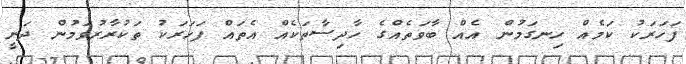
ފަހަރަކު ކަމެއް ހިނގަމުން އެއް ބާވަތެއްގެ ހާދިސާތަކެއް އެތައް ފަހަރަކު ތަކުރާރުވަމުން ދަނީ